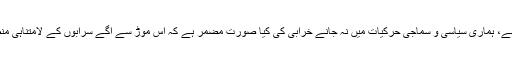
جب بھی ہماری قومی تاریخ میں کوئی فیصلہ کن موڑ آتا ہے، ہماری سیاسی و سماجی حرکیات میں نہ جانے خرابی کی کیا صورت مضمر ہے کہ اس موڑ سے آگے سرابوں کے لامتناہی منطقے تو پھیلے نظر آتے ہیں کوئی منزل دکھائی نہیں دیتی۔